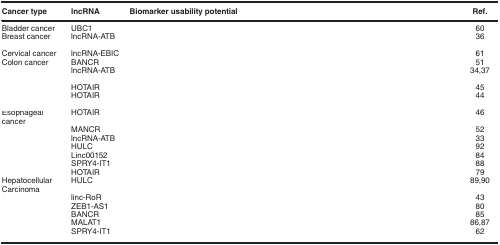
<table><thead><tr><td><b>Cancer type</b></td><td><b>lncRNA</b></td><td><b>Biomarker usability potential</b></td><td><b>Ref.</b></td></tr></thead><tbody><tr><td>Bladder cancer</td><td>UBC1</td><td>[EMPTY_CELL]</td><td>60</td></tr><tr><td>Breast cancer</td><td>lncRNA-ATB</td><td>[EMPTY_CELL]</td><td>36</td></tr><tr><td>Cervical cancer</td><td>lncRNA-EBIC</td><td>[EMPTY_CELL]</td><td>61</td></tr><tr><td>Colon cancer</td><td>BANCR</td><td>[EMPTY_CELL]</td><td>51</td></tr><tr><td>[EMPTY_CELL]</td><td>lncRNA-ATB</td><td>[EMPTY_CELL]</td><td>34, 37</td></tr><tr><td>[EMPTY_CELL]</td><td>HOTAIR</td><td>[EMPTY_CELL]</td><td>45</td></tr><tr><td>[EMPTY_CELL]</td><td>HOTAIR</td><td>[EMPTY_CELL]</td><td>44</td></tr><tr><td>Esophageal cancer</td><td>HOTAIR</td><td>[EMPTY_CELL]</td><td>46</td></tr><tr><td>[EMPTY_CELL]</td><td>MANCR</td><td>[EMPTY_CELL]</td><td>52</td></tr><tr><td>[EMPTY_CELL]</td><td>lncRNA-ATB</td><td>[EMPTY_CELL]</td><td>33</td></tr><tr><td>[EMPTY_CELL]</td><td>HULC</td><td>[EMPTY_CELL]</td><td>92</td></tr><tr><td>[EMPTY_CELL]</td><td>Linc00152</td><td>[EMPTY_CELL]</td><td>84</td></tr><tr><td>[EMPTY_CELL]</td><td>SPRY4-IT1</td><td>[EMPTY_CELL]</td><td>88</td></tr><tr><td>[EMPTY_CELL]</td><td>HOTAIR</td><td>[EMPTY_CELL]</td><td>79</td></tr><tr><td>Hepatocellular Carcinoma</td><td>HULC</td><td>[EMPTY_CELL]</td><td>89, 90</td></tr><tr><td>[EMPTY_CELL]</td><td>linc-RoR</td><td>[EMPTY_CELL]</td><td>43</td></tr><tr><td>[EMPTY_CELL]</td><td>ZEB1-AS1</td><td>[EMPTY_CELL]</td><td>80</td></tr><tr><td>[EMPTY_CELL]</td><td>BANCR</td><td>[EMPTY_CELL]</td><td>85</td></tr><tr><td>[EMPTY_CELL]</td><td>MALAT1</td><td>[EMPTY_CELL]</td><td>86, 87</td></tr><tr><td>[EMPTY_CELL]</td><td>SPRY4-IT1</td><td>[EMPTY_CELL]</td><td>62</td></tr></tbody></table>